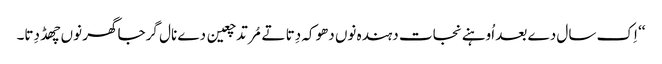
‘‘ اِک سال دے بعد اُوہنے نجات دہندہ نوں دھوکہ دِتا تے مُرتد چعین دے نال گرجا گھر نوں چھڈ دِتا۔